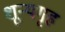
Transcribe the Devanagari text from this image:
शून्यगृह